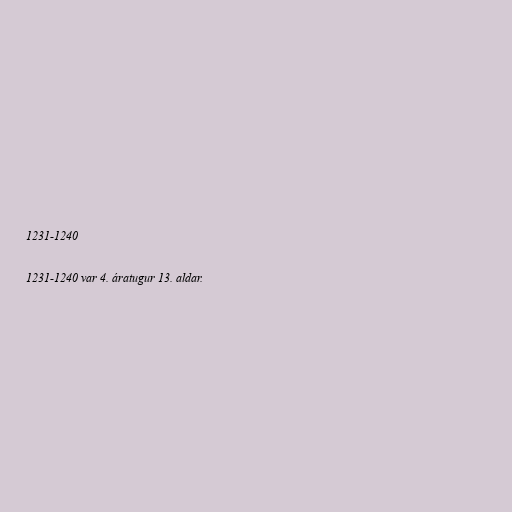
1231-1240

1231-1240 var 4. áratugur 13. aldar.